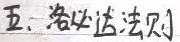
五. 乘法运算法则